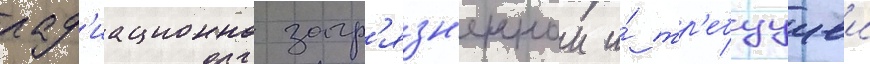
рад'иационно загр'язн'еннои и́ тр'ебуущеи